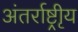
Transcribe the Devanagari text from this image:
अंतर्राष्ट्रीृय